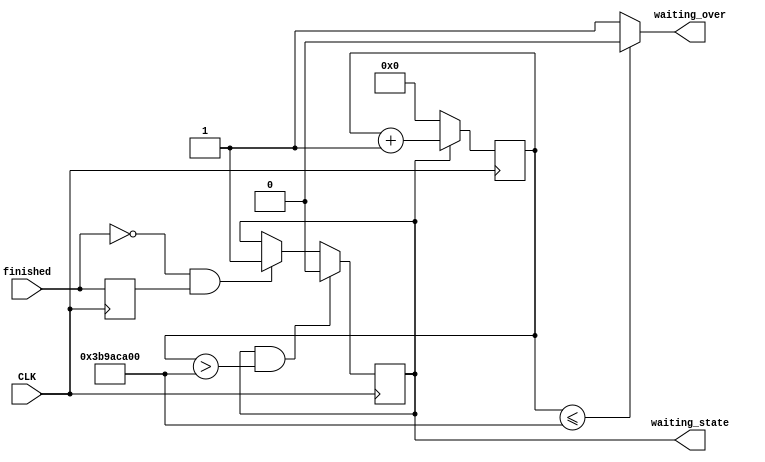
`timescale 1ns / 1ps
//////////////////////////////////////////////////////////////////////////////////
// Company: 
// Engineer: 
// 
// Design Name: 
// Module Name: monostable
// Project Name: 
// Target Devices: 
// Tool Versions: 
// Description: when finished countng, go banck to state S0 if not touched for 10s
// 
// Dependencies: 
// 
// Revision:
// Revision 0.01 - File Created
// Additional Comments:
// 
//////////////////////////////////////////////////////////////////////////////////


module monostable(input CLK,
    input finished,
    output waiting_over,

    output waiting_state
    );

    parameter waiting_time = 40'd10_0000_0000;
    // parameter waiting_time = 20'd10; //run simulation
    reg [29:0] cnt = 0;
    reg flag;
    reg waiting_state_reg = 1'b0;
    assign waiting_state = waiting_state_reg;
    /*************************
    **** State Transition  ***
    **************************/
    always @(posedge CLK) begin
        flag <= finished ;
        if((~finished) & flag) waiting_state_reg <= 1; // negedge of finished
        if( waiting_state_reg & (cnt > waiting_time)) waiting_state_reg <= 0;
    end
    /*************************
    **** Output Equation *****
    **************************/
    always @ (posedge CLK) begin
        if(waiting_state_reg) cnt <= cnt + 1'b1;
        else cnt <= 0;
    end
    assign waiting_over = (cnt <= waiting_time) ? 0 : 1;
    
endmodule